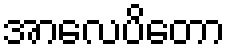
အာလေပိတော